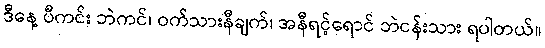
ဒီနေ့ ပီကင်း ဘဲကင်၊ ဝက်သားနီချက်၊ အနီရင့်ရောင် ဘဲငန်းသား ရပါတယ်။